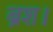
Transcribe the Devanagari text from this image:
ब्रश।